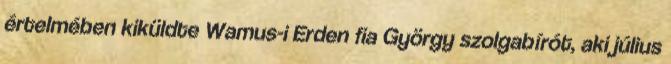
értelmében kiküldte Wamus-i Erden fia György szolgabírót, aki július